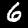
Label: 6